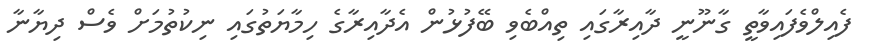
ފެއިލްވެފައިވާތީ ގާނޫނީ ދާއިރާގައި ތިއްބެވި ބޭފުޅުން އެދާއިރާގެ ހިމާޔަތުގައި ނިކުތުމަށް ވެސް ދިޔާނާ